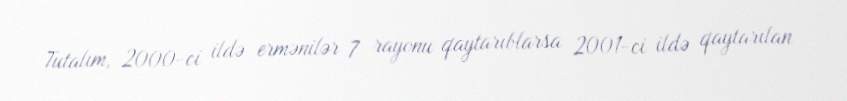
Tutalım, 2000-ci ildə ermənilər 7 rayonu qaytarıblarsa 2001-ci ildə qaytarılan